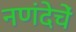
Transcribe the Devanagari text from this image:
नणंदेचें